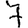
Digit: 7